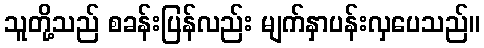
သူတို့သည် စခန်းပြန်လည်း မျက်နှာပန်းလှပေသည်။